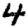
Digit: 4